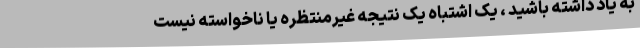
به یاد داشته باشید ، یک اشتباه یک نتیجه غیرمنتظره یا ناخواسته نیست